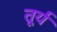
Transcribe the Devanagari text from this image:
तूर्य